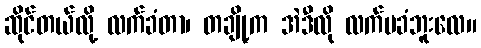
ဆိုင်တယ်လို့ လက်ခံတာ၊ တချို့က အဲဒီလို လက်မခံဘူးလေ။